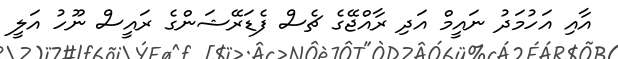
އާއި އަހުމަދު ނައީމް އަދި ރާއްޖޭގެ ޗެސް ފެޑަރޭޝަންގެ ރައީސް ނޫހު އަލީ